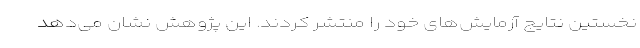
نخستین نتایج آزمایش‌های خود را منتشر کردند. این پژوهش نشان می‌دهد